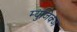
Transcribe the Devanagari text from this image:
म्युजिक्ज